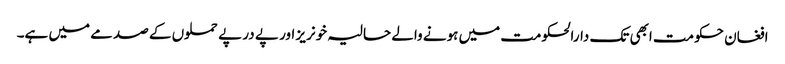
افغان حکومت ابھی تک دارالحکومت میں ہونے والے حالیہ خونریز اور پے در پے حملوں کے صدمے میں ہے۔